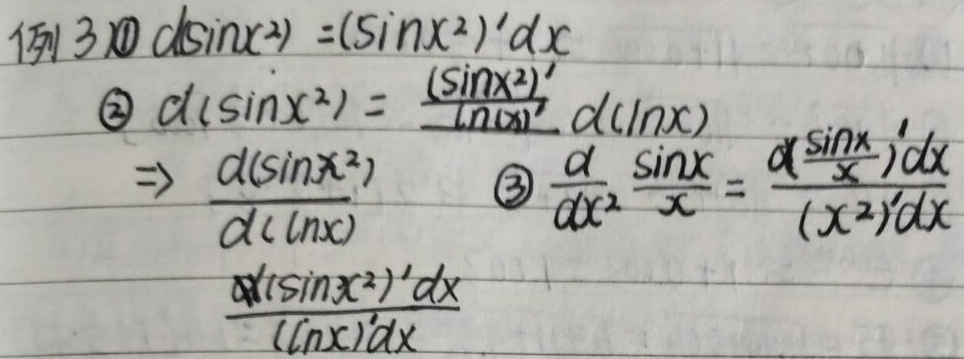
例3
\textcircled{1} \(d(\sin x^{2}) = (\sin x^{2})'dx\)
\textcircled{2} \(d(\sin x^{2})=\frac{(\sin x^{2})'}{(\ln x)'}d(\ln x)\)
\(\Rightarrow\frac{d(\sin x^{2})}{d(\ln x)}=\frac{(\sin x^{2})'dx}{(\ln x)'dx}\)
\textcircled{3} \(\frac{d}{dx^{2}}\left(\frac{\sin x}{x}\right)=\frac{d\left(\frac{\sin x}{x}\right)'dx}{(x^{2})'dx}\)